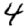
Digit: 4